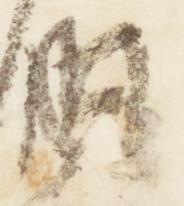
納